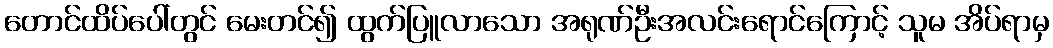
တောင်ထိပ်ပေါ်တွင် မေးတင်၍ ထွက်ပြူလာသော အရုဏ်ဦးအလင်းရောင်ကြောင့် သူမ အိပ်ရာမှ